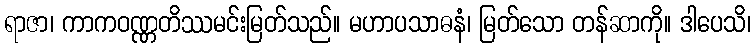
ရာဇာ၊ ကာကဝဏ္ဏတိဿမင်းမြတ်သည်။ မဟာပသာဓနံ၊ မြတ်သော တန်ဆာကို။ ဒါပေသိ၊